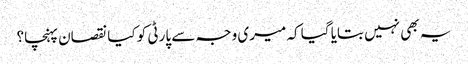
یہ بھی نہیں بتایا گیا کہ میری وجہ سے پارٹی کو کیا نقصان پہنچا؟